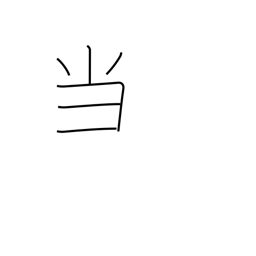
Meaning: hit